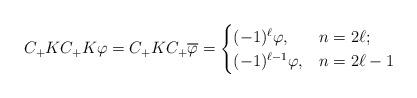
LaTeX: \begin{align*}C_+KC_+K\varphi=C_+KC_+\overline{\varphi}=\begin{cases}(-1)^\ell\varphi, & n=2\ell;\\(-1)^{\ell-1}\varphi, & n=2\ell-1\end{cases}\end{align*}